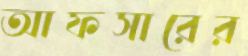
আফসারের